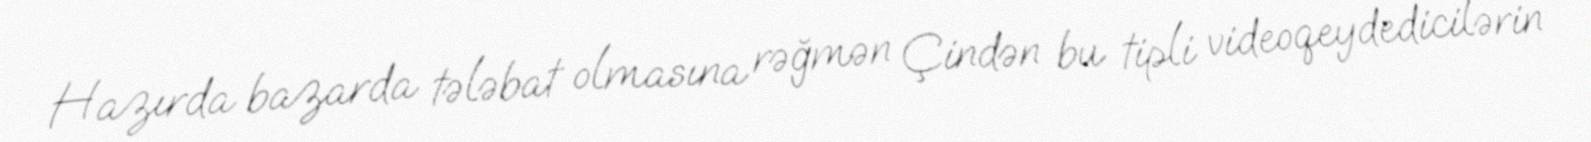
Hazırda bazarda tələbat olmasına rəğmən Çindən bu tipli videoqeydedicilərin